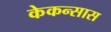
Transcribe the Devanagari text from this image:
केकन्सास